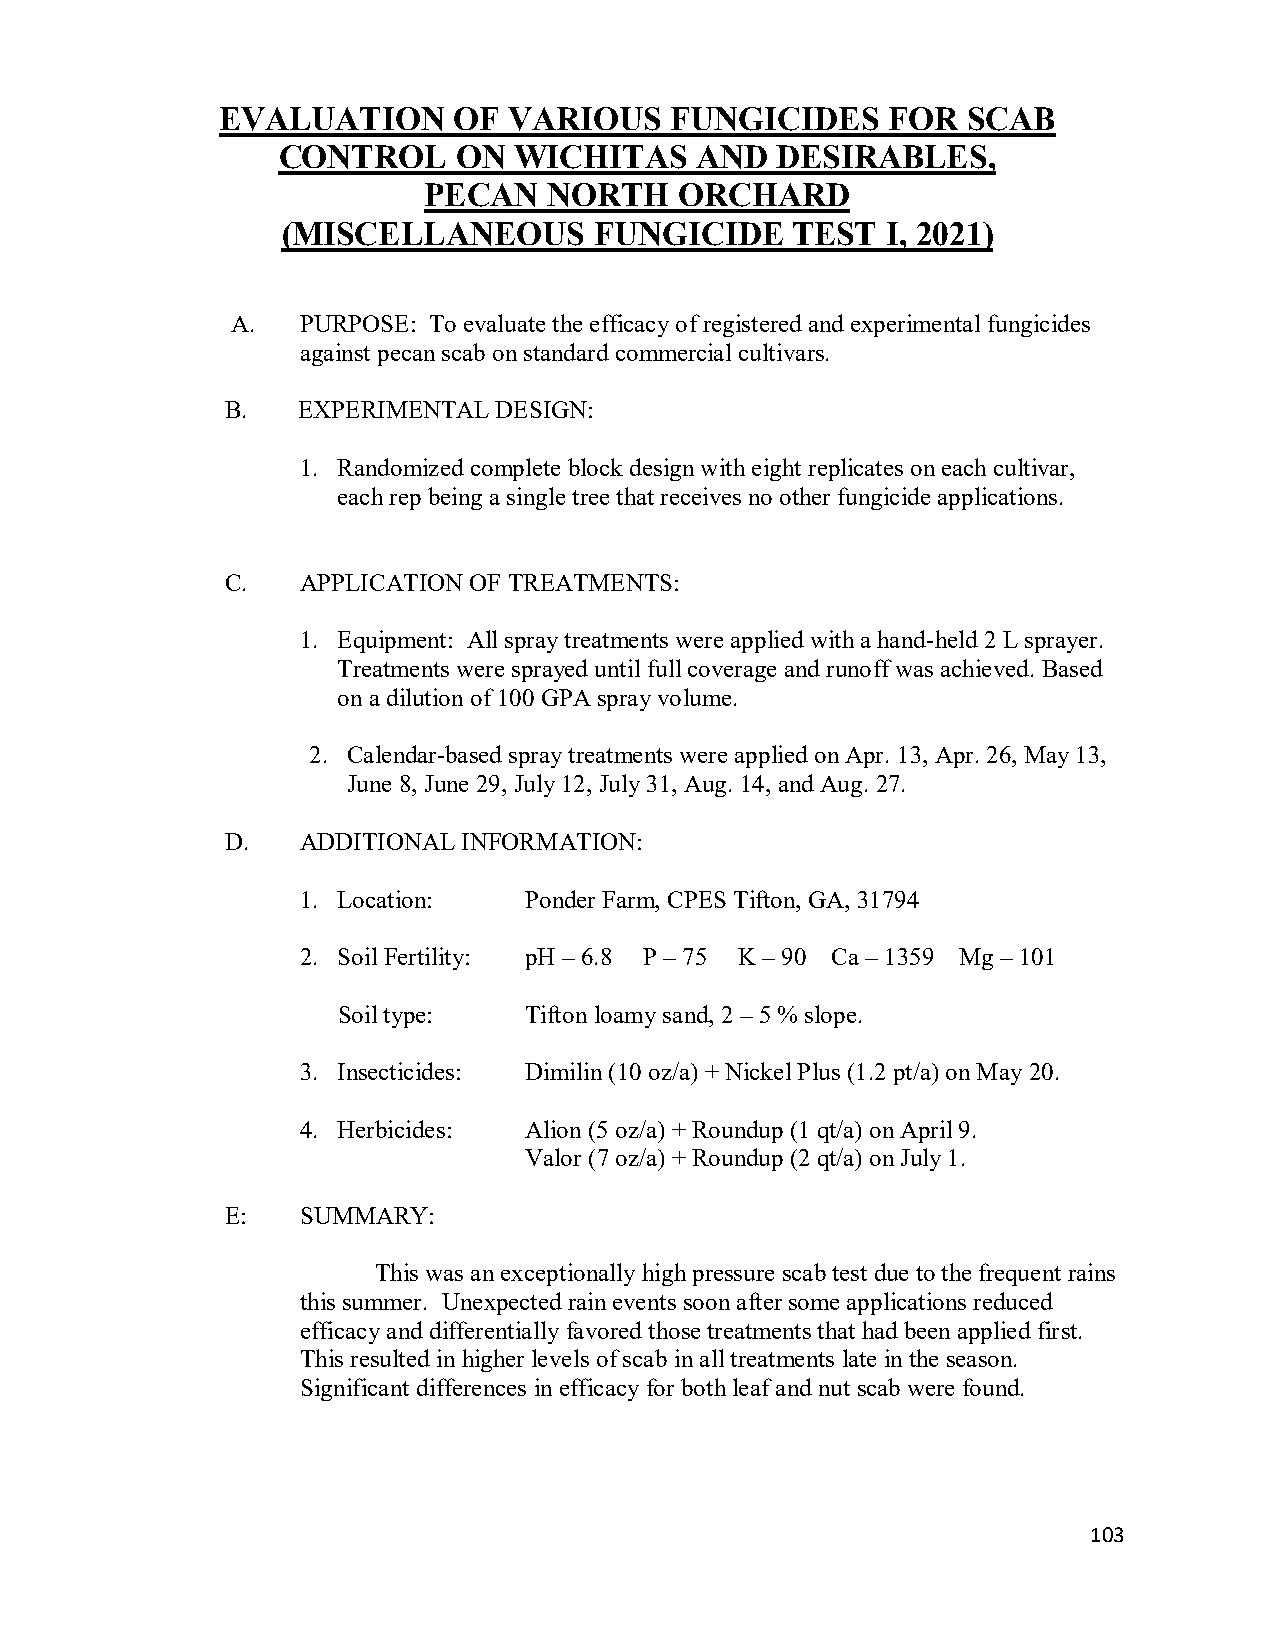
EVALUATION      OF  VARIOUS   FUNGICIDES     FOR  SCAB
 CONTROL     ON  WICHITAS    AND  DESIRABLES,
 PECAN   NORTH    ORCHARD
 (MISCELLANEOUS      FUNGICIDE    TEST   I, 2021)
 A.   PURPOSE: To evaluate the efficacy of registered and experimental fungicides
 against pecan scab on standard commercial cultivars.
 B.   EXPERIMENTAL DESIGN:
 1. Randomized complete block design with eight replicates on each cultivar,
 each rep being a single tree that receives no other fungicide applications.
 C.   APPLICATION OF TREATMENTS:
 1. Equipment: All spray treatments were applied with a hand-held 2 L sprayer.
 Treatments were sprayed until full coverage and runoff was achieved. Based
 on a dilution of 100 GPA spray volume.
 2. Calendar-based spray treatments were applied on Apr. 13, Apr. 26, May 13,
 June 8, June 29, July 12, July 31, Aug. 14, and Aug. 27.
 D.   ADDITIONAL INFORMATION:
 1. Location:   Ponder Farm, CPES Tifton, GA, 31794
 2. Soil Fertility: pH – 6.8 P – 75 K – 90 Ca – 1359 Mg – 101
 Soil type:   Tifton loamy sand, 2 – 5 % slope.
 3. Insecticides: Dimilin (10 oz/a) + Nickel Plus (1.2 pt/a) on May 20.
 4. Herbicides: Alion (5 oz/a) + Roundup (1 qt/a) on April 9.
 Valor (7 oz/a) + Roundup (2 qt/a) on July 1.
 E:   SUMMARY:
 This was an exceptionally high pressure scab test due to the frequent rains
 this summer. Unexpected rain events soon after some applications reduced
 efficacy and differentially favored those treatments that had been applied first.
 This resulted in higher levels of scab in all treatments late in the season.
 Significant differences in efficacy for both leaf and nut scab were found.
 103